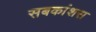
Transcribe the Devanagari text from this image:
सबकांशस